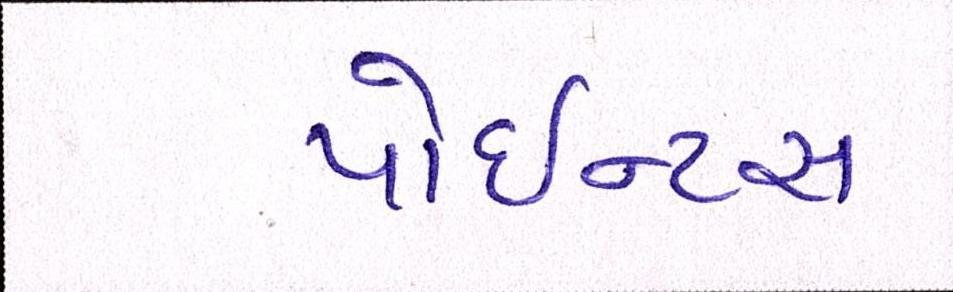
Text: પોઇન્ટસ